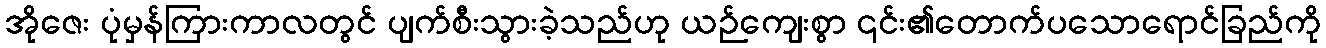
အိုဇေး ပုံမှန်ကြားကာလတွင် ပျက်စီးသွားခဲ့သည်ဟု ယဉ်ကျေးစွာ ၎င်း၏တောက်ပသောရောင်ခြည်ကို